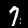
Label: 7